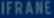
IFRAME